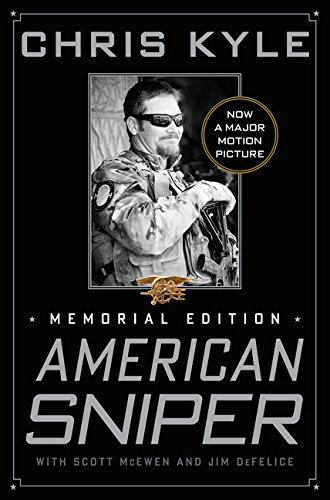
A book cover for American Sniper: Memorial Edition; Chris Kyle; Biographies & Memoirs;